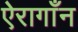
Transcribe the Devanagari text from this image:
ऐरागाँन